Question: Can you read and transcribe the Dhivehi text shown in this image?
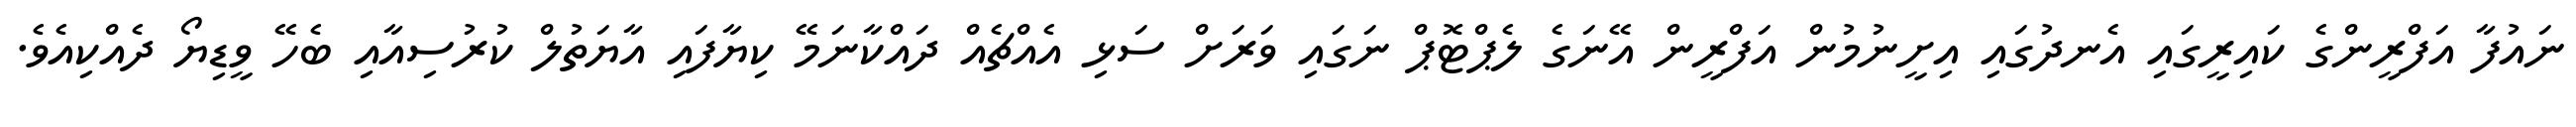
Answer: ނައުފާ އަފްރީންގެ ކައިރީގައި އެނދުގައި އިށީނުމުން އަފްރީން އޭނަގެ ލެޕްޓޮޕް ނަގައި ވަރަށް ސަޅި އެއްޗެއް ދައްކާނަމޭ ކިޔާފައި އާޔަތުލް ކުރުސިއާއި ބެހޭ ވީޑިޔޯ ދެއްކިއެވެ.